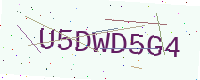
Text: U5DWD5G4